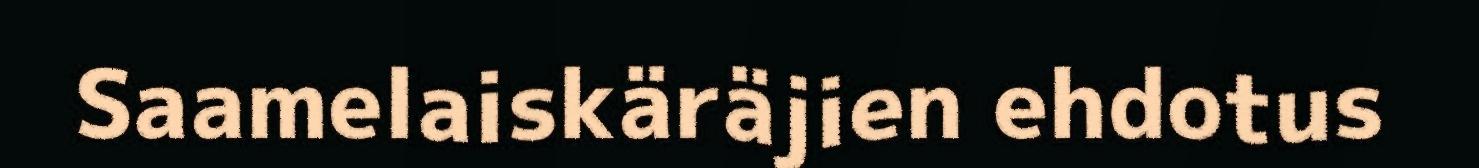
Saamelaiskäräjien ehdotus